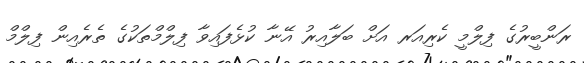
ރަންބީރުގެ ފިލްމީ ކެރިއަރ އަށް ބަލާއިރު އޭނާ ކުޅެފައިވާ ފިލްމްތަކުގެ ތެރެއިން ފިލްމް